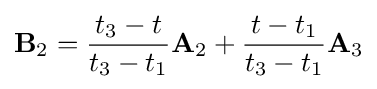
\mathbf {B} _{2}={\frac {t_{3}-t}{t_{3}-t_{1}}}\mathbf {A} _{2}+{\frac {t-t_{1}}{t_{3}-t_{1}}}\mathbf {A} _{3}